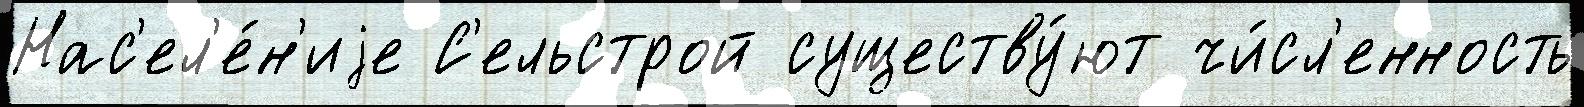
Нас'ел'е́н'иjе С'ельстрой существу́ют чи́сл'енность